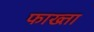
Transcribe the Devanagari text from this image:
फाख्‍ता